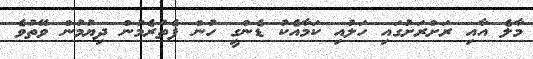
މާލެ އާއި ރަށްރަށުގައި ހަލުއި ކަމާއެކު ޑެންގީ ހުން ފެތުރެމުން ދިޔުމުން ވޭތުވެ